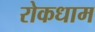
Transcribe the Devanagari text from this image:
रोकधाम